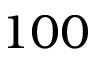
1 0 0